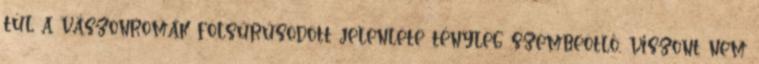
túl a vászonromák fölsűrűsödött jelenléte tényleg szembeötlő, viszont nem